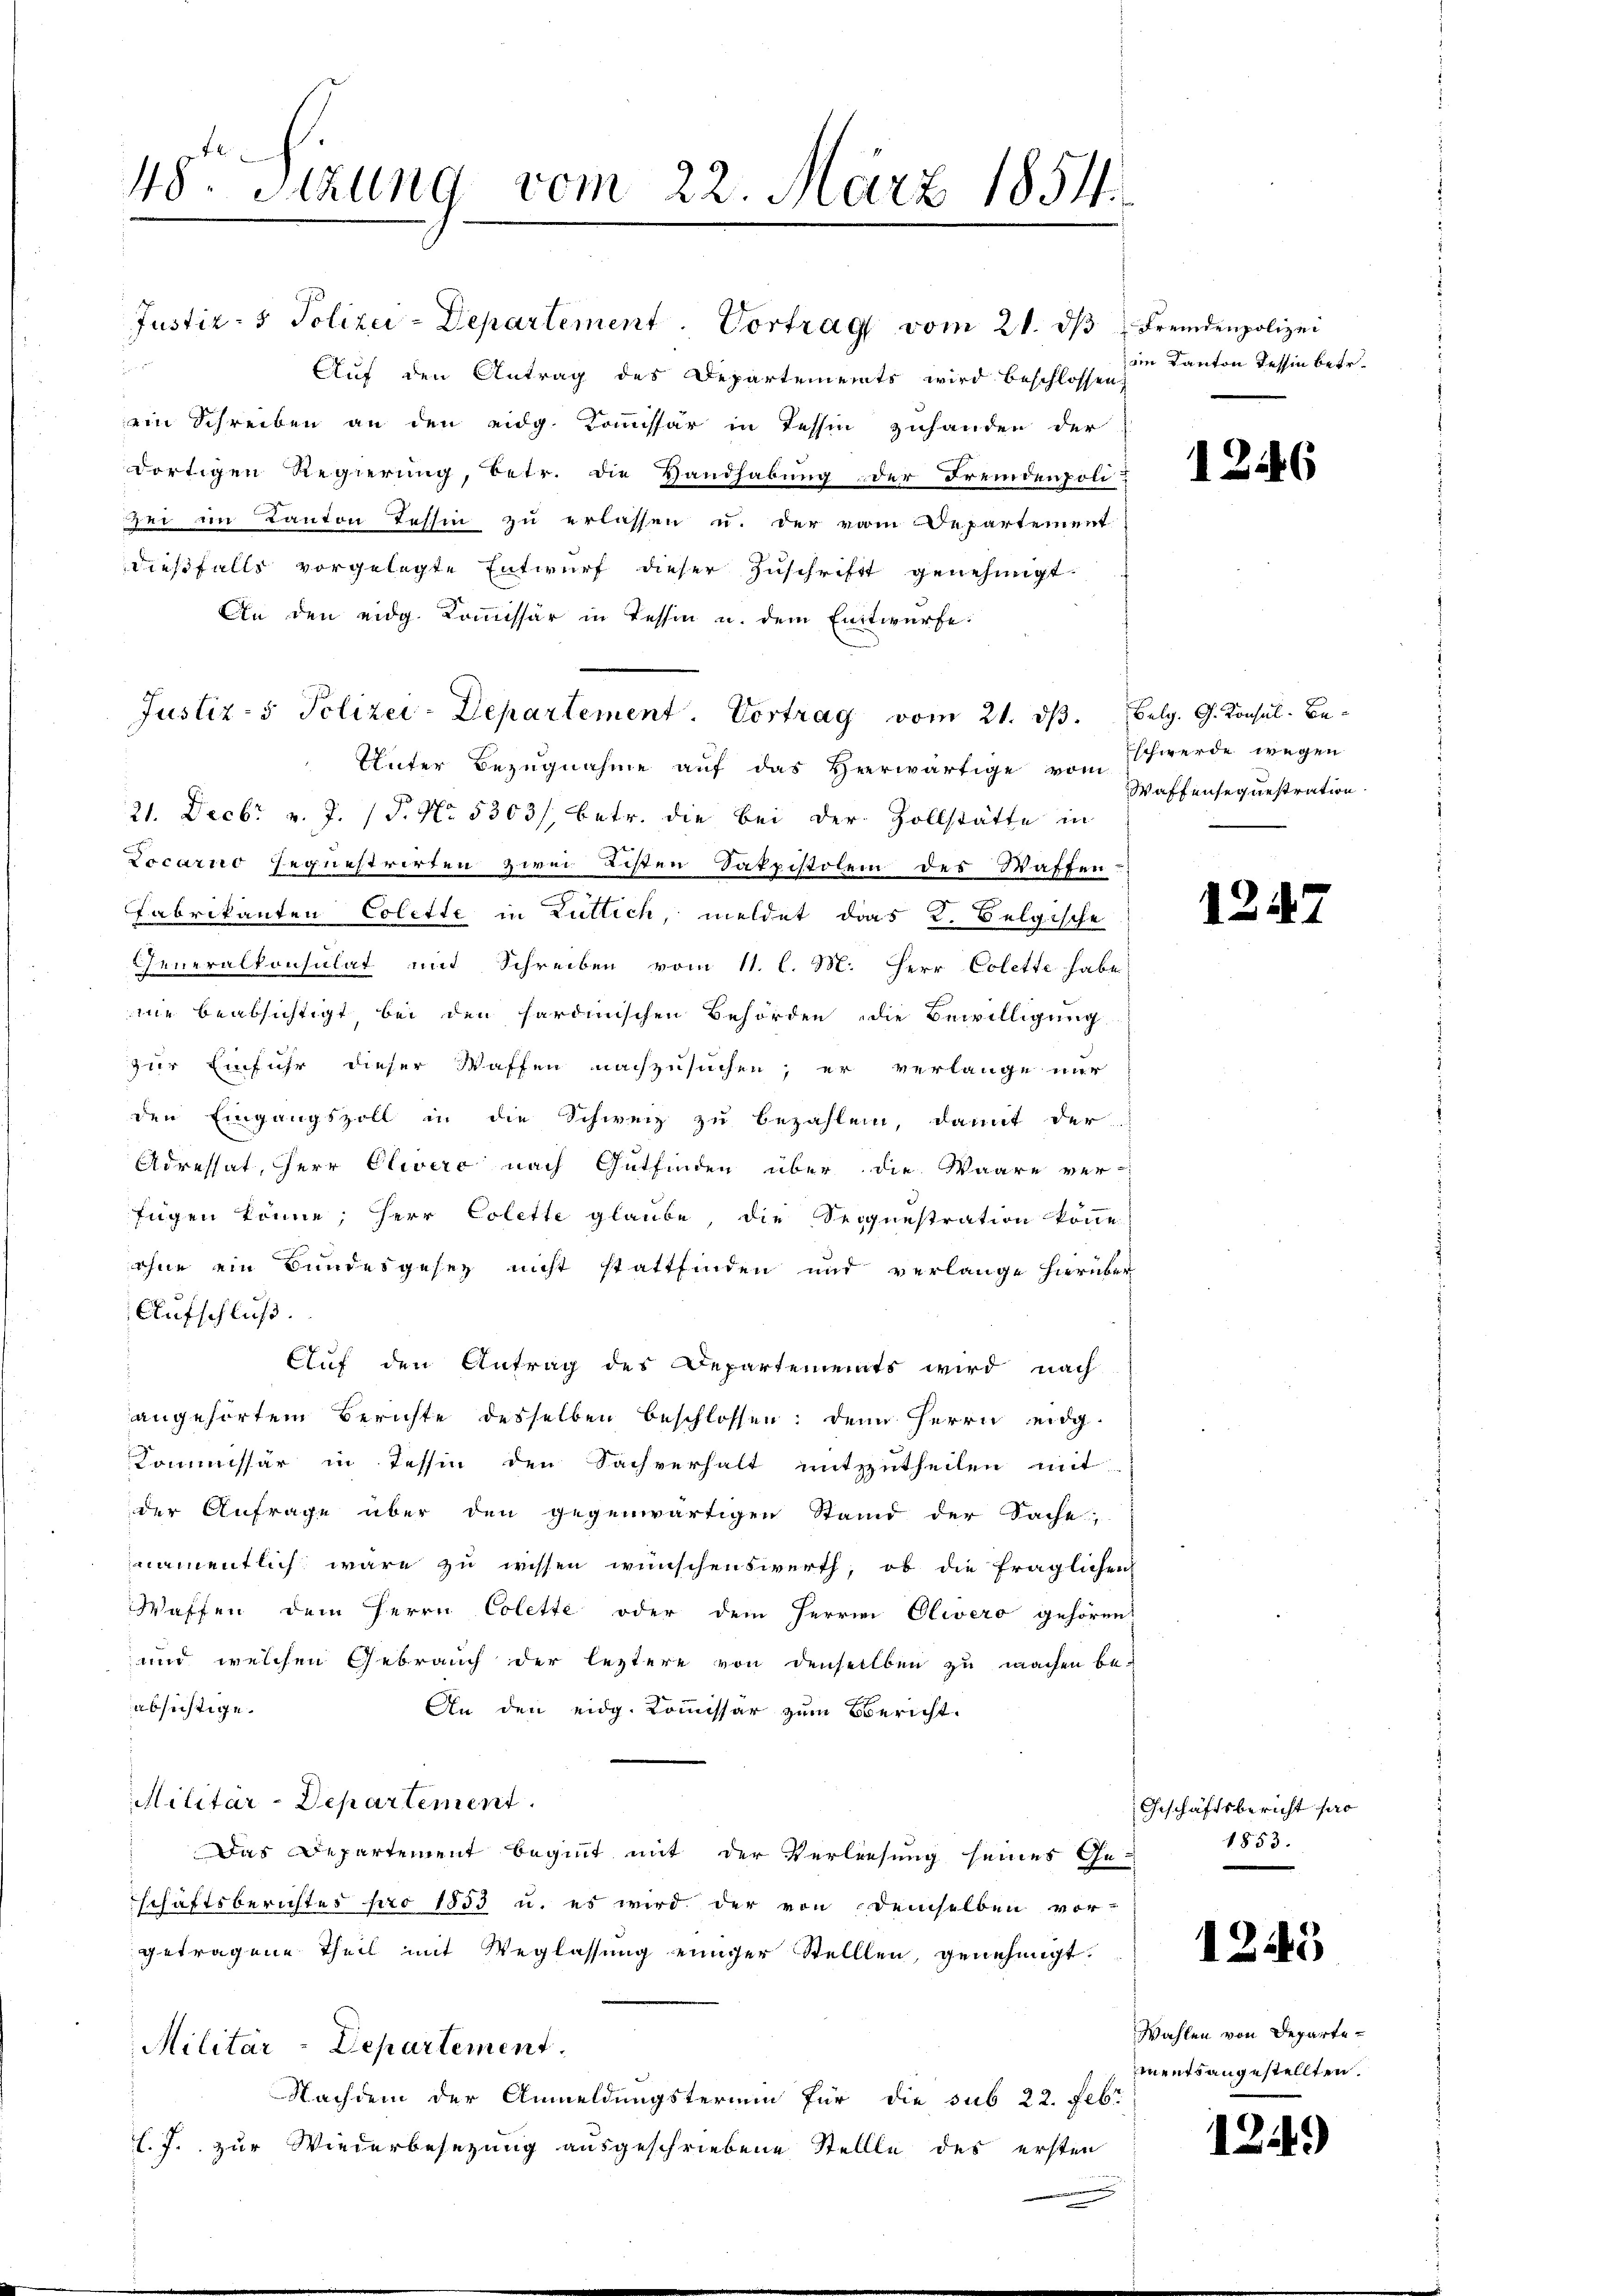
48. Sitzung vom 22. März 1854.

Justiz- & Polizei-Departement. Vortrag vom 21. ds Fremdenpolizei

Auf den Antrag des Departements wird beschlossen
ein Schreiben an den eidg. Kommissär in Tessin zuhanden der
dortigen Regierung, betr. die Handhabung der Fremdenpoli-
sei im Kanton Tessin zu erlassen u. der vom Departement
dießfalls vorgelegte Entwurf dieser Zuschrift genehmigt.
An den eidg. Kommissär in Tessin u. dem Entwürfe:
Justiz- & Polizei-Departement. Vortrag vom 21. ds. Belg. G. Konsul-Be¬
Unter Bezugnahme auf das Heerwärtige von Eschwerde wegen
21. Decbr v. J. (T. No. 5303/, betr. die bei der Zollstätte in
Locarno sequestrirten zwei Listen Sakpistolen des Waffen
fabrikanten Colette in Luttich meldet das K. Belgische
Generalkonsulat mit Schreiben vom 11. l. M. Herr Colette habe
nie beabsichtigt bei den sardinischen Behörden die Bewilligung
zur Einfuhr dieser Waffen nachzusuchen; er verlange nur
den Eingangszoll in die Schweiz zu bezahlen, damit der
Adressat, HHerr Elwerc nach Gutfinden über die Waare ver-
fügen könne; Herr Colette glaube, die Seignestration könne
ohne ein Bundesgesez nicht stattfinden und verlange hierüber
Aufschluß.
Auf den Antrag des Departements wird nach
angehörtem Berichte desselben beschlossen: denn Herrn eidg.
Commissär in Tessin den Sachverhalt mitzutheilen mit
der Anfrage über den gegenwärtigen Stand der Sache,
namentlich wäre zu wissen wünschenswerth, ob die fraglichen
Waffen dem Herrn Colette oder dem Herrn Olivero gehören:
und welchen Gebrauch der leztere von denselben zu machen be-
absichtige.
An den eidg. Kommissar zum Bericht.
Militär-Departement
Das Departement beginnt mit der Verlesung seines Ge-
schaftsberichtes pro 1853 u. es wird der von demselben vor-
getragene Theil mit Weglassung einiger Stelllen, genehmigt.
Militär-Departement.
Nachdem der Anmeldungstermin für die sub 22. Febr
l.J. zur Wiederbesezung ausgeschriebene Stellle des ersten

iin Kanton Tessin betr.

1246

Waffensequestration

1247

Geschäftsbericht pro
1853.

1243

Wahlen von Departementsangestellten.

1249)